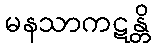
မနသာကဋန္တိ